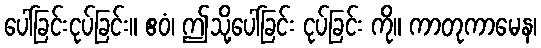
ပေါ်ခြင်းငုပ်ခြင်း။ ဧဝံ၊ ဤသို့ပေါ်ခြင်း ငုပ်ခြင်း ကို။ ကာတုကာမေန၊